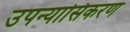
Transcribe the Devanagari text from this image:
उपन्यासिकरण